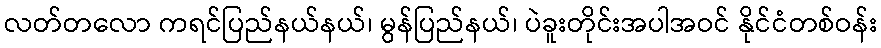
လတ်တလော ကရင်ပြည်နယ်နယ်၊ မွန်ပြည်နယ်၊ ပဲခူးတိုင်းအပါအဝင် နိုင်ငံတစ်ဝန်း